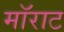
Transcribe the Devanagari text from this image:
मॉराट